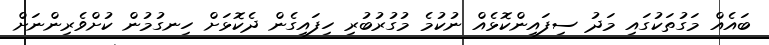
ބައެއް މަގުތަކުގައި މަދު ސިފައިންކޮޅެއް ނުކުމެ މުގުރުބުރި ހިފައިގެން ދެކޮޅަށް ހިނގުމުން ކުށްވެރިންނަށް